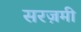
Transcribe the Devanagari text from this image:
सरज़मी